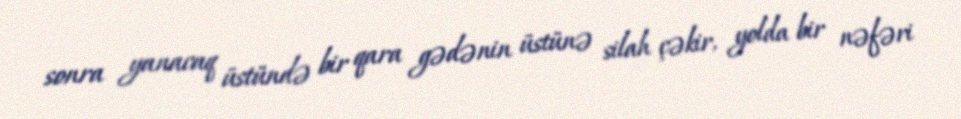
sonra yanacaq üstündə bir qara gədənin üstünə silah çəkir, yolda bir nəfəri